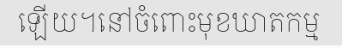
ឡើយ។នៅចំពោះមុខឃាតកម្ម